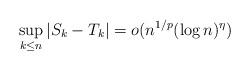
LaTeX: \begin{align*}\sup_{k \leq n} |S_k-T_k| = o (n^{1/p} (\log n)^{\eta}) \end{align*}